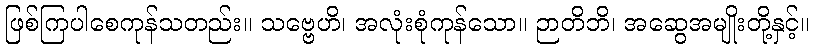
ဖြစ်ကြပါစေကုန်သတည်း။ သဗ္ဗေဟိ၊ အလုံးစုံကုန်သော။ ဉာတိဘိ၊ အဆွေအမျိုးတို့နှင့်။